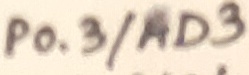
Text: P0.3/AD3